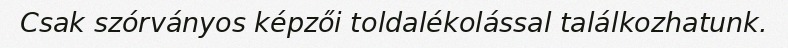
Csak szórványos képzői toldalékolással találkozhatunk.